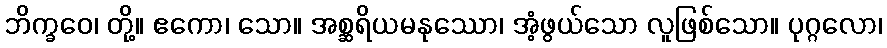
ဘိက္ခဝေ၊ တို့။ ဧကော၊ သော။ အစ္ဆရိယမနုဿော၊ အံ့ဖွယ်သော လူဖြစ်သော။ ပုဂ္ဂလော၊